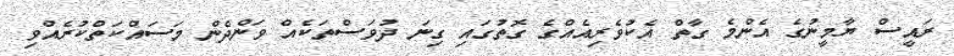
ރައީސް ޔާމީނުގެ އެންމެ ގާތް އެކުވެރިއެއްގެ ގޮތުގައި ގިނަ ދުވަސްތަކެއް ވަންދެން މަސައްކަތްކުރެއްވި